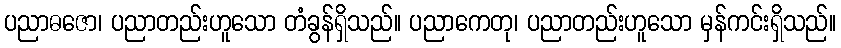
ပညာဓဇော၊ ပညာတည်းဟူသော တံခွန်ရှိသည်။ ပညာကေတု၊ ပညာတည်းဟူသော မှန်ကင်းရှိသည်။